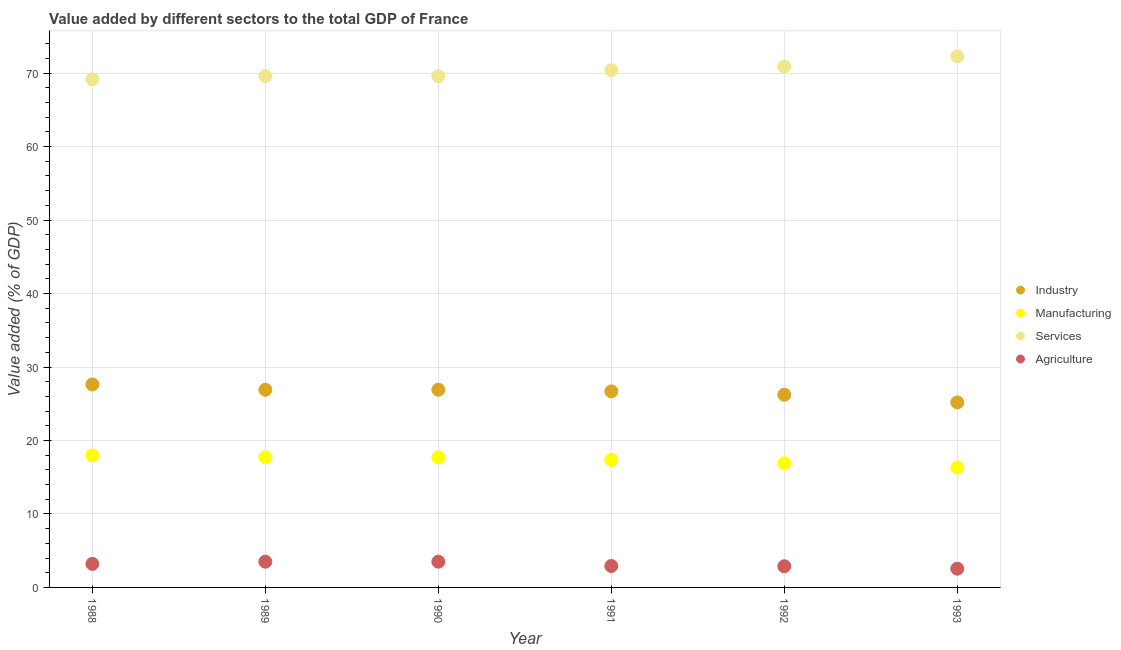
| Year | Industry | Manufacturing | Services | Agriculture |
 | --- | --- | --- | --- | --- |
 | 1988 | 27.6 | 18 | 69.2 | 3.21 |
 | 1989 | 26.9 | 17.7 | 69.6 | 3.5 |
 | 1990 | 26.9 | 17.7 | 69.6 | 3.5 |
 | 1991 | 26.7 | 17.3 | 70.4 | 2.92 |
 | 1992 | 26.2 | 16.9 | 70.9 | 2.88 |
 | 1993 | 25.2 | 16.3 | 72.3 | 2.55 |